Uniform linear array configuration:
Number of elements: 12
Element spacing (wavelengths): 1
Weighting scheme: kaiser
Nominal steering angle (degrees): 15
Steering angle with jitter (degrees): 16.27
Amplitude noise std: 0.05
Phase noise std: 0.05

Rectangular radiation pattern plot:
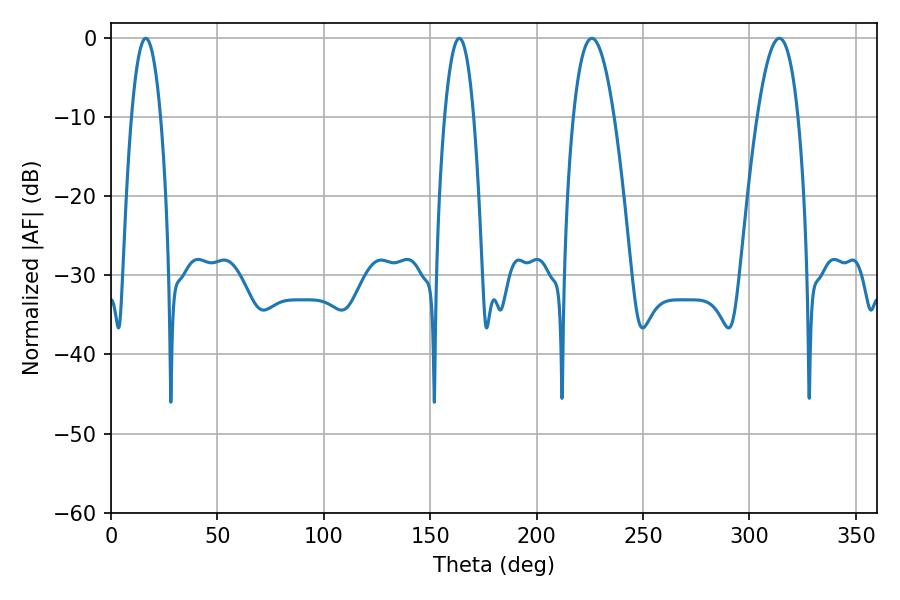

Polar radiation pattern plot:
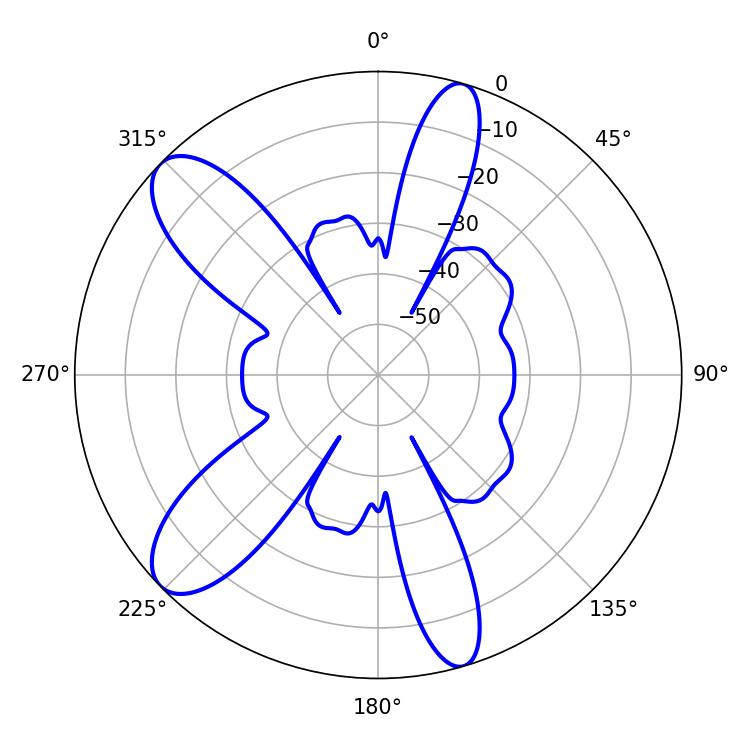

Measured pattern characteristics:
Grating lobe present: TRUE
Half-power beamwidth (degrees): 10.62
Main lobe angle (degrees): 225.9